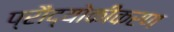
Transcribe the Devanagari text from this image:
प्रौद्योकीकरण